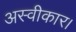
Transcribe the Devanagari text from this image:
अस्वीकार।